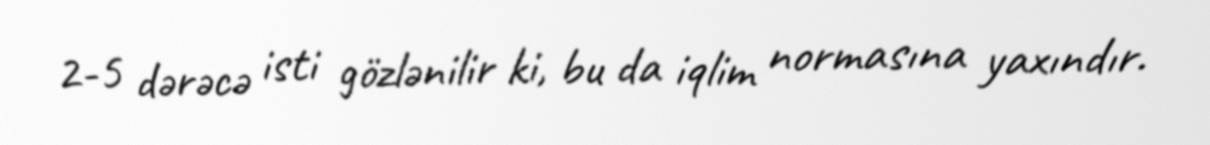
2-5 dərəcə isti gözlənilir ki, bu da iqlim normasına yaxındır.